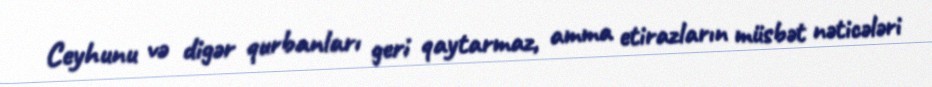
Ceyhunu və digər qurbanları geri qaytarmaz, amma etirazların müsbət nəticələri